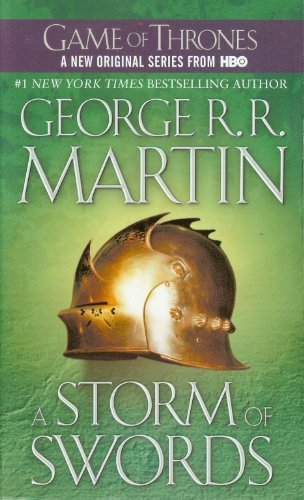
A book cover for A Storm of Swords (A Song of Ice and Fire, Book 3); George R. R. Martin; Science Fiction & Fantasy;